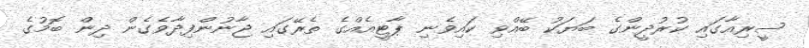
ސީރިއާގައި ކުރުދީންގެ ބަޔަކު ބޭއްވި ކައިވެނި ޕާޓީއެއްގެ ތެރޭގައި ޖާނުންފިދާވެގެން ދިން ބޮމުގެ